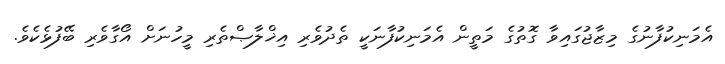
އެމަނިކުފާނުގެ މިޒާޖުގައިވާ ގޮތުގެ މަތީން އެމަނިކުފާނަކީ ތެދުވެރި އިޚްލާޞްތެރި މީހުނަށް އޯގާވެރި ބޭފުޅެކެވެ.